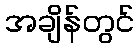
အချိန်တွင်